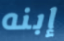
إبنه